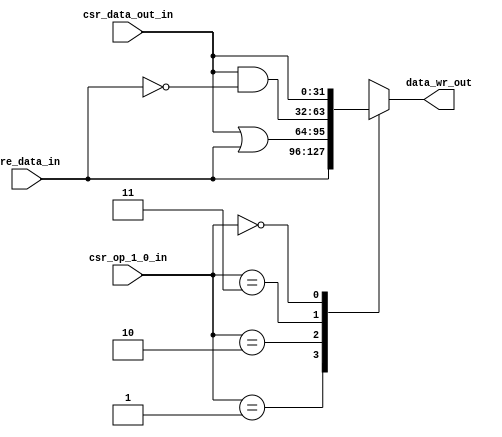
`timescale 1ns / 1ps


module data_wr_mux_unit ( input      [1:0] csr_op_1_0_in,
                          input      [31:0] csr_data_out_in,pre_data_in,
                          output reg [31:0] data_wr_out
);

   parameter CSR_NOP = 2'b00;
   parameter CSR_RW  = 2'b01;
   parameter CSR_RS  = 2'b10;
   parameter CSR_RC  = 2'b11;

   always @*
   begin
      case(csr_op_1_0_in)
         CSR_RW: data_wr_out <= pre_data_in;
         CSR_RS: data_wr_out <= csr_data_out_in | pre_data_in;
         CSR_RC: data_wr_out <= csr_data_out_in & ~pre_data_in;
         CSR_NOP: data_wr_out <= csr_data_out_in;
      endcase
   end

endmodule